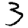
Digit: 3